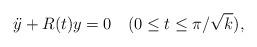
LaTeX: \begin{align*} \ddot y+R(t)y=0\quad(0\le t\le\pi/{\sqrt k}),\end{align*}